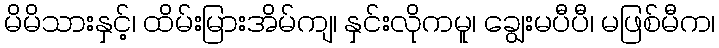
မိမိသားနှင့်၊ ထိမ်းမြားအိမ်ကျ၊ နှင်းလိုကမူ၊ ချွေးမပီပီ၊ မဖြစ်မီက၊